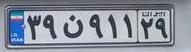
۳۹ن۹۱۱۲۹